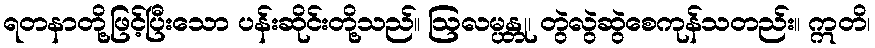
ရတနာတို့ဖြင့်ပြီးသော ပန်းဆိုင်းတို့သည်။ ဩလမ္ပန္တု၊ တွဲလွဲဆွဲစေကုန်သတည်း။ ဣတိ၊